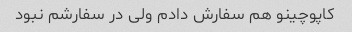
کاپوچینو هم سفارش دادم ولی در سفارشم نبود